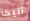
أنيكا